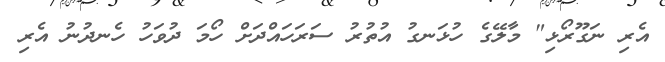
އެރި ނަގޫރޯޅި" މާލޭގެ ހުޅަނގު އުތުރު ސަރަހައްދަށް ހޯމަ ދުވަހު ހެނދުނު އެރި